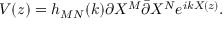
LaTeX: V ( z ) = h _ { M N } ( k ) \partial X ^ { M } \bar { \partial } X ^ { N } e ^ { i k X ( z ) } .